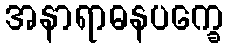
အနာရာဓနပက္ခေ